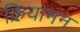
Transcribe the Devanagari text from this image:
क्रियामन